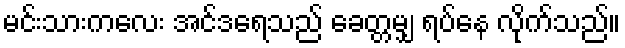
မင်းသားကလေး အင်ဒရေသည် ခေတ္တမျှ ရပ်နေ လိုက်သည်။